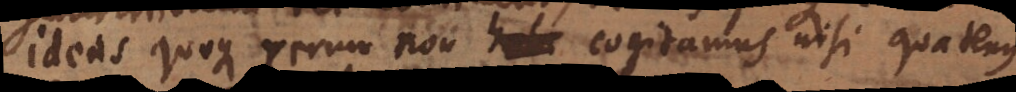
Ideas quoque rerum non cogitamus nisi quatenus